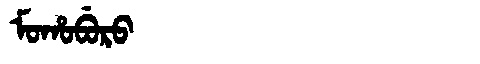
Manchu: ᠮᠣᡥᠣᠪᡠᡵᠣ
Romanization: MOHOBURO